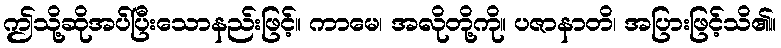
ဤသို့ဆိုအပ်ပြီးသောနည်းဖြင့်။ ကာမေ၊ အလိုတို့ကို။ ပဇာနာတိ၊ အပြားဖြင့်သိ၏။